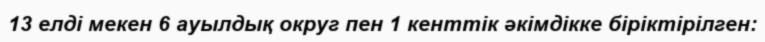
13 елді мекен 6 ауылдық округ пен 1 кенттік әкімдікке біріктірілген: